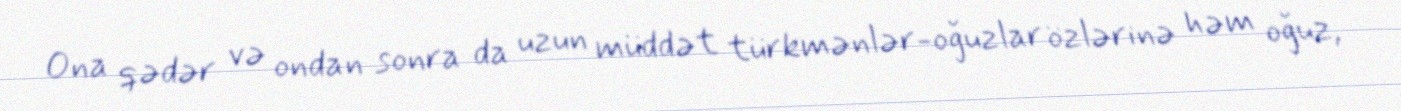
Ona qədər və ondan sonra da uzun müddət türkmənlər-oğuzlar özlərinə həm oğuz,